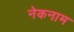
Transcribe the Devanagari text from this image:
नेकनाम